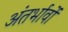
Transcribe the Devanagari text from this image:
अंतर्भावों